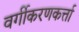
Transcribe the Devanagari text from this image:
वर्गीकरणकर्त्ता